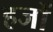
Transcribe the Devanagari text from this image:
हजों